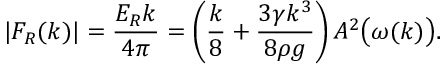
| F _ { R } ( k ) | = \frac { E _ { R } k } { 4 \pi } = \left( \frac { k } { 8 } + \frac { 3 \gamma k ^ { 3 } } { 8 \rho g } \right) A ^ { 2 } \big ( \omega ( k ) \big ) .